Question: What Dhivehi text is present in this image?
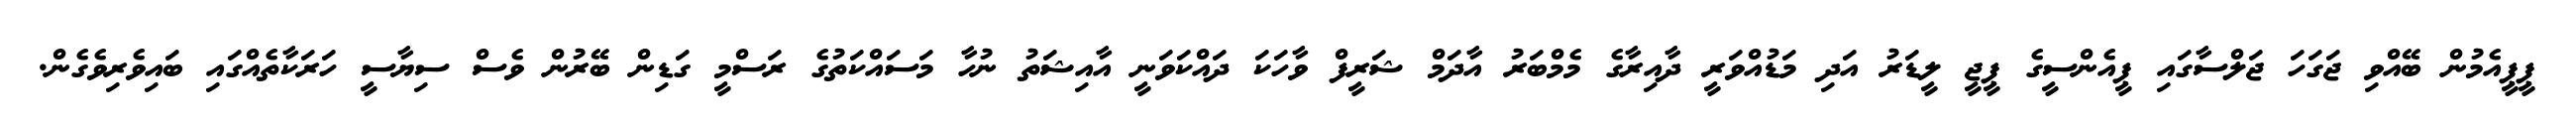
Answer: ޕީޕީއެމުން ބޭއްވި ޖަގަހަ ޖަލްސާގައި ޕީއެންސީގެ ޕީޖީ ލީޑަރު އަދި މަޑުއްވަރީ ދާއިރާގެ މެމްބަރު އާދަމް ޝަރީފް ވާހަކަ ދައްކަވަނީ އާއިޝަތު ނުހާ މަސައްކަތުގެ ރަސްމީ ގަޑިން ބޭރުން ވެސް ސިޔާސީ ހަރަކާތެއްގައި ބައިވެރިވެގެން.